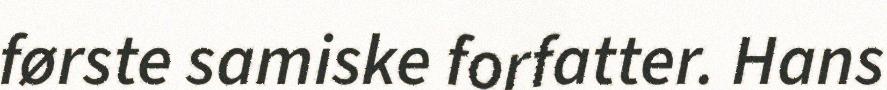
første samiske forfatter. Hans